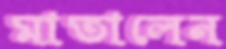
মাতালেন